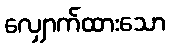
လျှောက်ထားသော